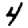
Digit: 4